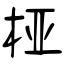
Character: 桠